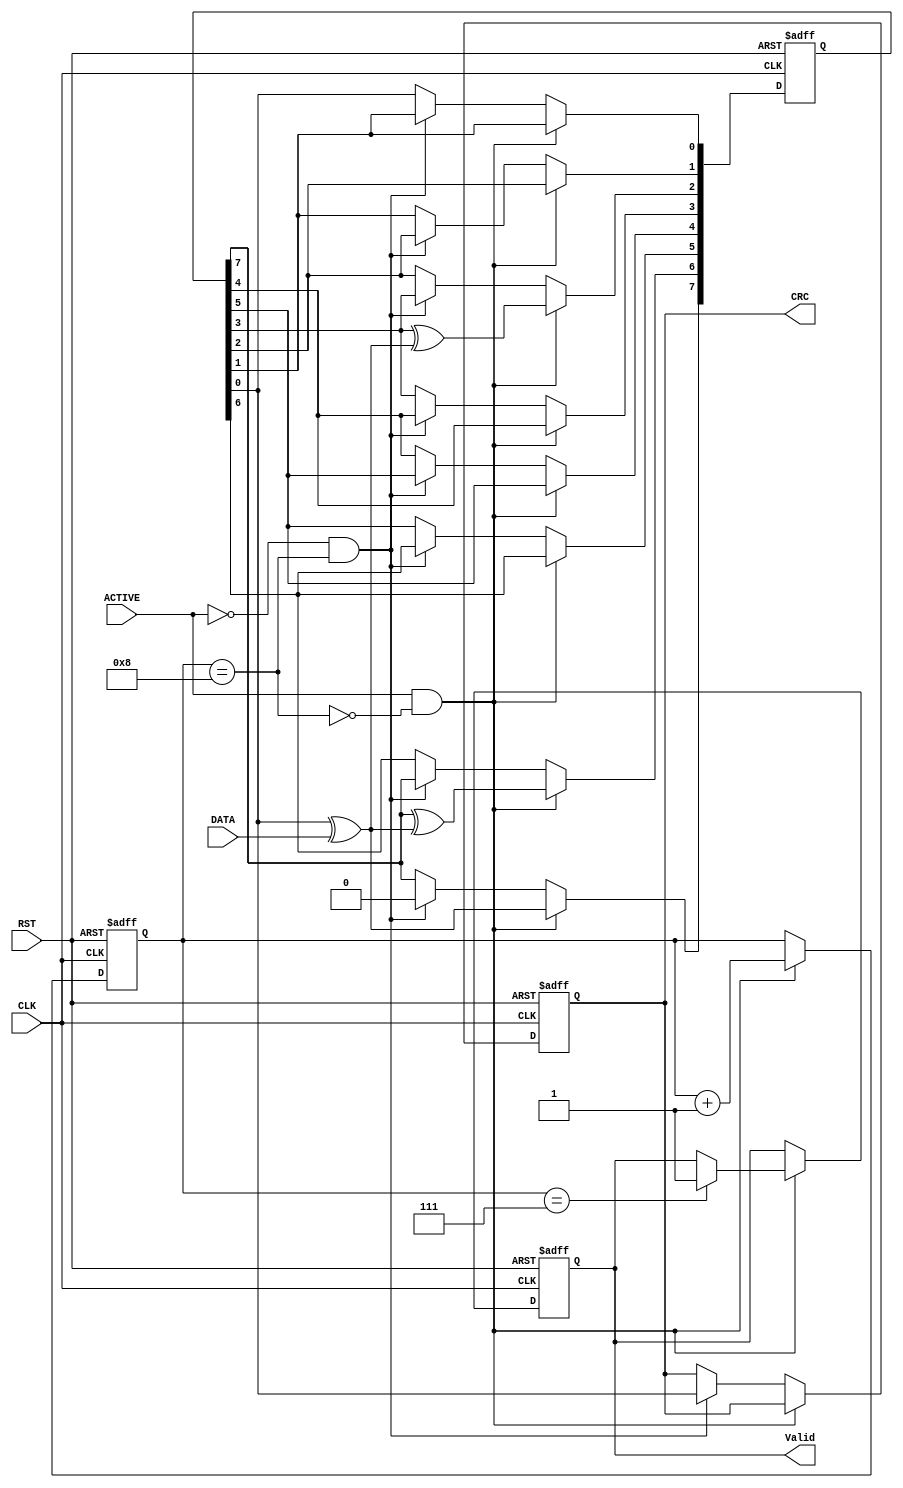
///////////////////////////////////////////////////////////////////////////////////////////////
//////////////////////////////////////     CRC_Module     /////////////////////////////////////
///////////////////////////////////////////////////////////////////////////////////////////////
module CRC #(parameter 	LFSR_WD = 8,			//linear feedback shift register width (8,16,32...) 
						DATA_WD = 8, 			//input data width (8,16,32...)
						Seed = 'b1101_1000,		//the value that LFSR return to after reset 
						Taps = 'b0100_0100		//the implementation of LFSR (place of xor gates)
						)
(
input   wire            CLK,					// module operating clock
input   wire            RST,					// module reset to intialize the LFSR
input   wire            ACTIVE,					// high signal during  data transaction, low otherwise
input   wire            DATA,					// input serial data
output  reg             CRC,					// serial output CRC bits
output  reg             Valid					// high during output transmission, low otherwise
);


// Internal signals and registers
reg [LFSR_WD-1:0] LFSR;			//LFSR register declaration
reg [DATA_WD-1:0] Counter;		//to count the input data bits
wire  counter_done;			//flag activited when the counter counts all the input data bits
wire Feedback;				//feedback declared as a wire in the LFSR implementation 

//  Integers
integer i;

// Assign statments
assign Feedback = LFSR[0] ^ DATA;
assign counter_done = (Counter == DATA_WD);


// Always Block For CRC Operation
always@(posedge CLK or negedge RST)
begin
	if (!RST) 
		begin
			LFSR <= Seed;	//1101_1000
			CRC <= 1'b0;
			Valid <= 1'b0;
			Counter <= 'b0;
		end
	else if(ACTIVE && !counter_done) // Entering data serially to the LFSR
		begin  	
			Counter <= Counter + 1'b1;
			// Doing CRC operation 
			for (i = 0; i < LFSR_WD-1; i=i+1) 			
				begin
					if (Taps[i])   	//Taps 0100_0100
						LFSR[i] <= LFSR[i+1] ^ Feedback;
					else 
						LFSR[i] <= LFSR[i+1];
				end 
			LFSR[7] <= Feedback ;   
			if(Counter == DATA_WD - 1)
				Valid <= 1'b1;	 			 	 
		end
	else if(!ACTIVE && counter_done) // Extracting data serially from the LFSR
	    begin
			CRC <=	LFSR[0];
			LFSR <= LFSR >> 1;
		end
end


////////////////////////////////////////////////////
///////////  Tracing the LFSR operation  ///////////
////////////////////////////////////////////////////
//LFSR -> 1 1 0 1 _ 1 0 0 0
//DATA -> 93 -> 1001_0011
//Feedback -> 0^1=1
//LFSR[7]=1, LFSR[6]=0, LFSR[5]=1, LFSR[4]=0,
//LFSR[3]=1, LFSR[2]=0, LFSR[1]=0, LFSR[0]=0 
////////////////////////////////////////////////////
//LFSR -> 1 1 0 1 _ 1 0 0 0
//DATA -> 72 -> 0111_0010 
//Feedback -> 0^0=0
//LFSR[7]=0, LFSR[6]=1, LFSR[5]=1, LFSR[4]=0,
//LFSR[3]=1, LFSR[2]=1, LFSR[1]=0, LFSR[0]=0
////////////////////////////////////////////////////

endmodule